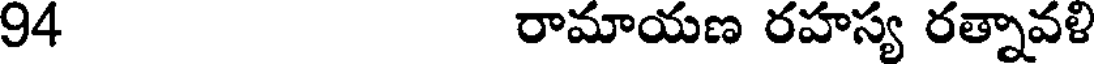
94 రామాయణ రహస్య రత్నావళి